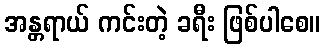
အန္တရာယ် ကင်းတဲ့ ခရီး ဖြစ်ပါစေ။